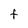
Character: f